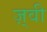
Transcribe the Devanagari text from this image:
ज़्वी